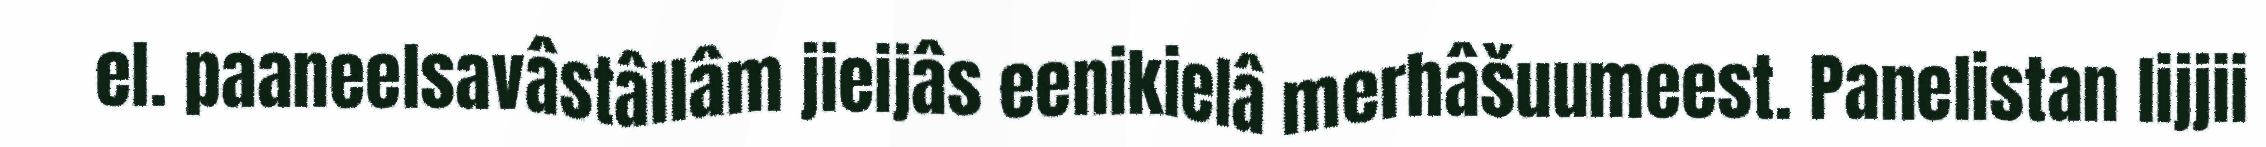
el. paaneelsavâstâllâm jieijâs eenikielâ merhâšuumeest. Panelistan lijjii